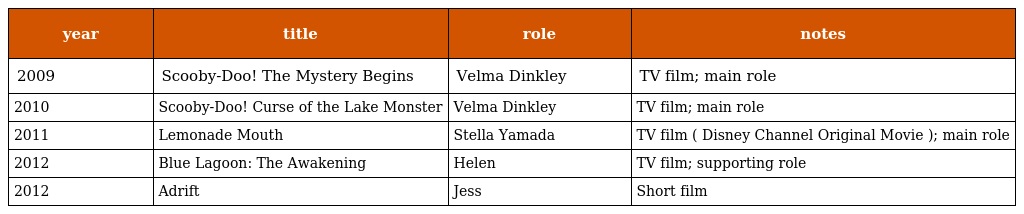
| year | title | role | notes |
 | --- | --- | --- | --- |
 | 2009 | Scooby-Doo! The Mystery Begins | Velma Dinkley | TV film; main role |
 | 2010 | Scooby-Doo! Curse of the Lake Monster | Velma Dinkley | TV film; main role |
 | 2011 | Lemonade Mouth | Stella Yamada | TV film ( Disney Channel Original Movie ); main role |
 | 2012 | Blue Lagoon: The Awakening | Helen | TV film; supporting role |
 | 2012 | Adrift | Jess | Short film |